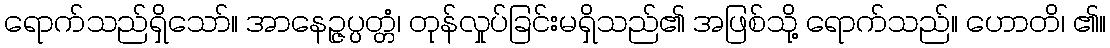
ရောက်သည်ရှိသော်။ အာနေဉ္ဇပ္ပတ္တံ၊ တုန်လှုပ်ခြင်းမရှိသည်၏ အဖြစ်သို့ ရောက်သည်။ ဟောတိ၊ ၏။